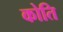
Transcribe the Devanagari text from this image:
कोति